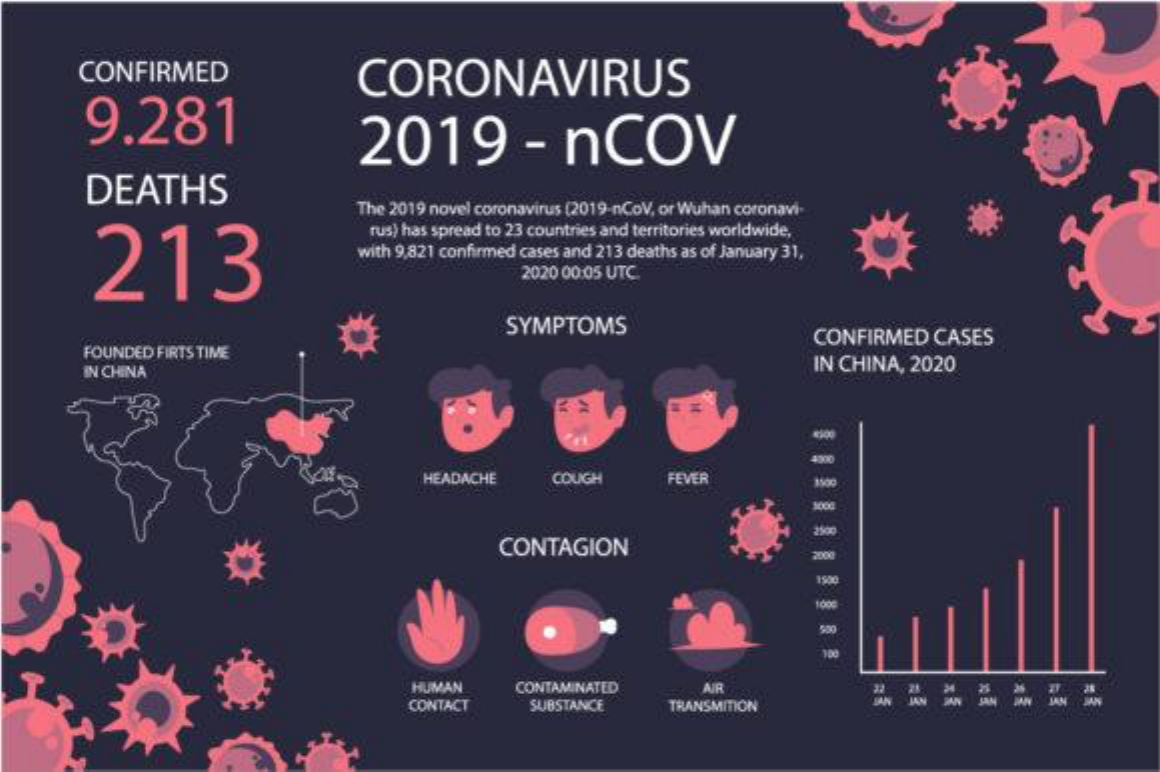
CONFIRMED
     9.281
     CORONAVIRUS
     2019    -    NCOV
     DEATHS
     The 2019 novel coronavirus (2019-ncov, or Wuhan coronavi-
     213
     rus) has spread to 23 countries and territories worldwide,
     with 9,821 confirmed cases and 213 deaths as of January 31,
     2020 00:05 UTC
     SYMPTOMS
     FOUNDED  FIRTS TIME
     CONFIRMED    CASES
     IN CHINA    IN CHINA,  2020
     RY
     4000
     HEADACHE    COUGH    FEVER    3500
     CONTAGION
     2500
     2000
     1500
     HUMAN    CONTAMINATED    AIR
     CONTACT    SUBSTANCE    TRANSMITION